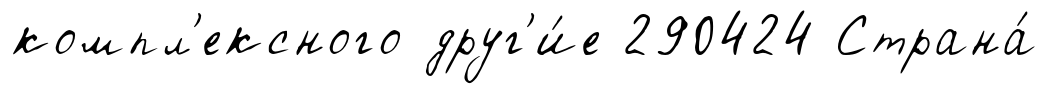
компл'ексного друг'и́е 290424 Страна́